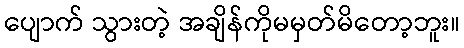
ပျောက် သွားတဲ့ အချိန်ကိုမမှတ်မိတော့ဘူး။